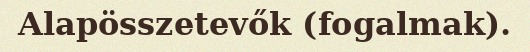
Alapösszetevők (fogalmak).